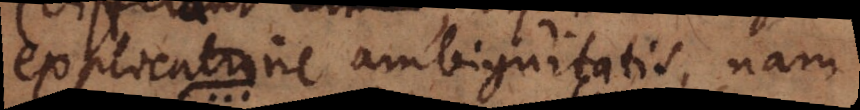
explicatione ambiguitatis, nam